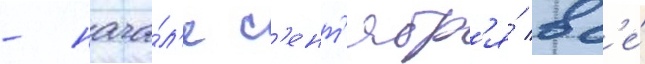
- нача́л'е с'ент'ябр'я́ вс'е́